Annual report on the working of the mental hospitals in the Madras Presidency - 1912-1932
Year: 1912
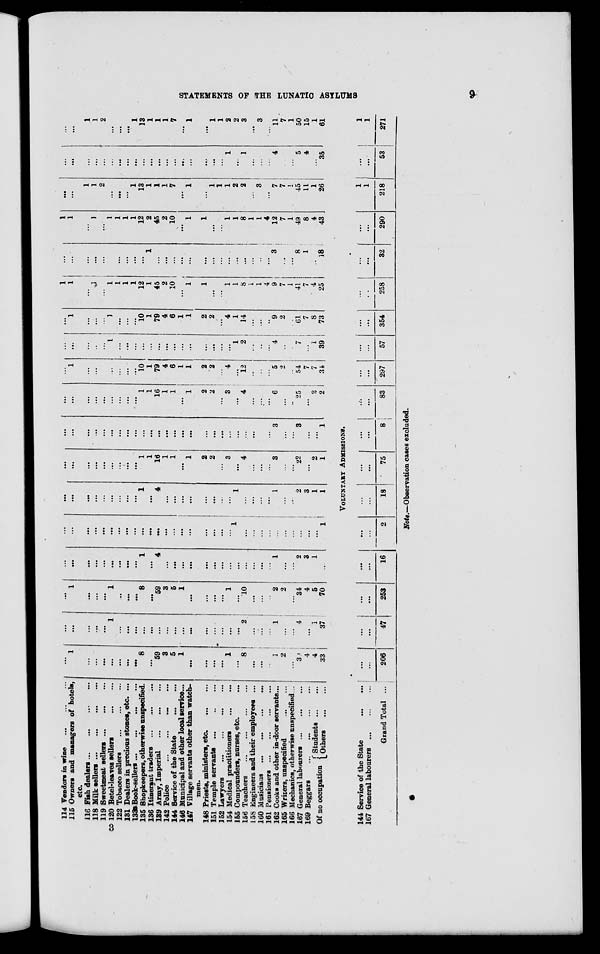
STATEMENTS OF THE
LUNATIC
ASYLUMS
9
114 Vendors in wine ... ... ...
115 Owners and managers of hotels,
etc.
116 Fish, dealers
...
...
...
...
118 Milk sellers
...
...
...
...
119 Sweetmeat sellers
...
...
...
120 Betel-leaves sellers
...
...
122 Tobacco sellers
...
...
...
131 Dealers in precious stones, etc. ...
133 Book-sellers
...
...
...
...
135 Shopkeepers, otherwise unspecified.
136 Itinerant traders
...
...
...
139 Army, Imperial
...
...
...
142 Police
...
...
...
...
144 Service of the State
...
...
146 Municipal and other local service...
147 Village servants other than watch-
men.
148 Priests, ministers, etc.
...
...
151 Temple servants ... ... ...
152 Lawyers
...
...
...
...
154 Medical practitioners
...
...
155 Compounders, nurses, etc. ...
156 Teachers
...
...
...
...
158 Engineers and their employees ...
160 Musicians
...
...
...
...
161 Pensioners
...
...
...
...
162 Cooks and other in-door servants...
165 Writers, unspecified
...
...
166 Mechanics, otherwise unspecified...
167 General labourers
...
...
...
169 Beggars
...
...
...
...
Of no occupation
Students ...
...
Others
...
...
...
1
...
...
...
...
...
...
...
8
...
59
3
5
1
...
...
...
...
1
...
8
...
...
...
1
2
...
30
4
4
33
...
...
...
...
...
1
...
...
...
...
...
...
...
...
...
...
...
...
...
...
...
2
...
...
...
1
...
...
4
...
1
37
...
1
...
...
...
1
...
...
...
8
...
59
3
5
1
...
...
...
...
1
...
10
...
...
...
2
2
...
34
4
5
70
...
...
...
...
...
...
...
...
...
1
...
4
...
...
...
...
...
...
...
...
...
...
...
...
...
1
...
...
2
3
1
...
...
...
...
...
...
...
...
...
...
...
...
...
...
...
...
...
...
...
...
1
...
...
...
...
...
...
...
...
...
...
...
1
...
...
...
...
...
...
...
...
...
1
...
4
...
...
...
...
...
...
...
...
1
...
...
...
...
1
...
...
2
3
1
1
...
...
...
...
...
...
...
...
...
1
1
16
1
1
...
1
2
2
...
3
...
4
...
...
...
3
...
...
22
...
2
1
...
...
...
...
...
...
...
...
...
...
...
...
...
...
...
...
...
...
...
...
...
...
...
...
...
3
...
...
3
...
...
1
...
...
...
...
...
...
...
...
...
1
1
16
1
1
...
1
2
2
...
3
...
4
...
...
...
6
...
...
25
...
2
2
...
1
...
...
...
...
...
...
...
10
1
79
4
6
1
1
2
2
...
4
...
12
...
...
...
5
2
...
54
7
7
34
...
...
...
.,
...
1
...
...
...
...
...
...
...
...
...
...
...
...
...
...
1
2
...
...
...
4
...
...
7
...
1
39
...
1
...
...
...
1
...
...
...
10
1
79
4
6
1
1
2
2
...
4
1
14
...
...
...
9
2
...
61
7
8
73
1
1
...
1
...
1
1
1
1
12
1
45
2
10
...
1
1
...
...
1
1
8
1
1
4
9
7
1
41
7
4
25
...
...
...
...
...
...
...
...
...
...
1
...
...
...
...
...
...
...
...
...
...
...
...
...
...
3
...
...
8
1
...
18
1
1
...
1
...
1
1
1
1
12
2
45
2
10
...
1
1
...
...
1
1
8
1
1
4
12
7
1
49
8
4
43
...
...
1
1
2
...
...
...
1
13
1
1
1
7
...
1
...
1
1
1
2
2
...
3
...
7
7
1
45
11
1
26
...
...
...
...
...
...
...
...
...
...
...
...
...
...
...
...
...
...
...
1
...
1
...
...
...
4
...
...
5
4
...
35
...
...
1
1
2
...
...
...
1
13
1
1
1
7
...
1
...
1
1
2
2
3
...
3
...
11
7
1
50
15
1
61
VOLUNTARY ADMISSIONS.
144 Service of the State
...
...
167 General labourers
...
...
...
Grand Total ...
...
...
206
...
...
47
...
...
253
...
...
16
...
...
2
...
...
18
...
...
75
...
...
8
...
...
83
...
...
297
...
...
57
...
...
354
...
...
258
...
...
32
...
...
290
1
1
218
...
...
53
1
1
271
Note.—Observation cases excluded.
3